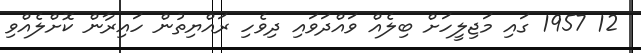
12 1957 ގައި މަޖިލީހަށް ބިލެއް ވައްދަވައި ދިވެހި ރައްޔިތުން ހައިރާން ކޮށްލެއްވި